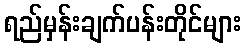
ရည်မှန်းချက်ပန်းတိုင်များ